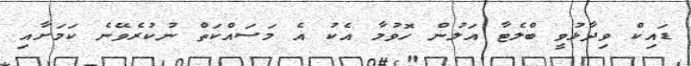
ޑައިކް ވިދާޅުވީ ބްލެޓާ އަލުން ހޮވުމާ އެކު އެ މަސައްކަތް ނުކުރެވޭނެ ކަމަށާއި